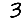
Digit: 3